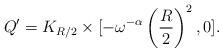
LaTeX: \begin{align*}Q' = K_{R/2} \times [-\omega^{-\alpha}\left(\frac{R}{2}\right)^2,0].\end{align*}